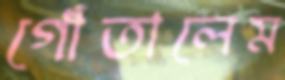
গোঁতালেম